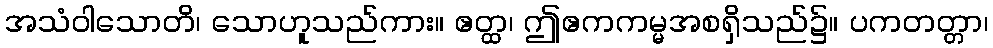
အသံဝါသောတိ၊ သောဟူသည်ကား။ ဧတ္ထ၊ ဤဧကကမ္မအစရှိသည်၌။ ပကတတ္တာ၊